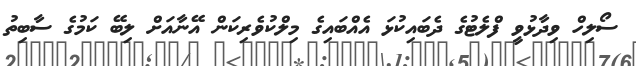
ސޯލިހް ވިދާޅުވީ ފްލެޓުގެ ދެބައިކުޅަ އެއްބައިގެ މިލްކުވެރިކަން އޭނާއަށް ލިބޭ ކަމުގެ ސާބިތު